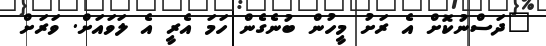
"ދަސްނުކޮށް އެ ރަށު މީހުން ބުނެގެން ހަމަ އެރީ އެ ލަވައަށް. ވަރަށް